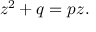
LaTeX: z ^ { 2 } + q = p z .